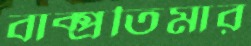
বাক্প্রতিমার